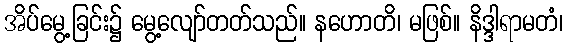
အိပ်မွေ့ခြင်း၌ မွေ့လျော်တတ်သည်။ နဟောတိ၊ မဖြစ်။ နိဒ္ဒါရာမတံ၊